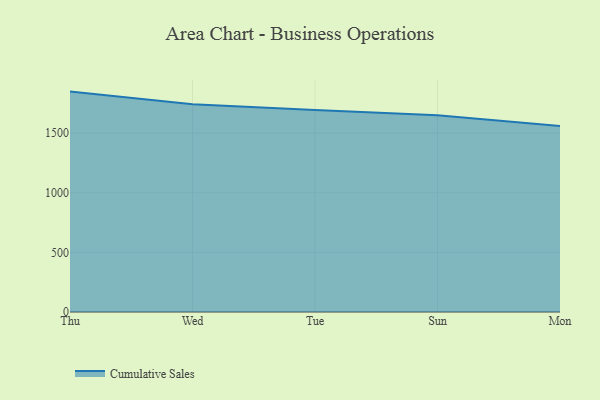
{"axis": {"x": "Day", "y": "Waste Production (Tons)"}, "legend": ["Cumulative Sales"], "data": [{"x": "Thu", "y": 1847.0, "type": "Cumulative Sales"}, {"x": "Wed", "y": 1740.1, "type": "Cumulative Sales"}, {"x": "Tue", "y": 1692.8, "type": "Cumulative Sales"}, {"x": "Sun", "y": 1649.5, "type": "Cumulative Sales"}, {"x": "Mon", "y": 1558.9, "type": "Cumulative Sales"}]}